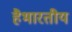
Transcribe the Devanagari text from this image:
हैभारतीय